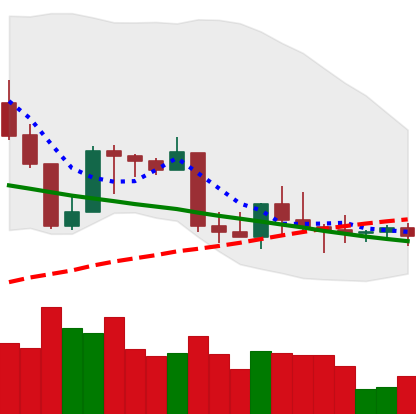
Ticker: BNB-USD
Chart end date: 2022-09-05
Forward return: 7.331%
Label: up_7plus